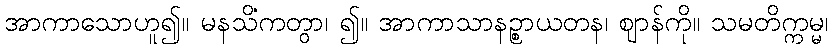
အာကာသောဟူ၍။ မနသိကတွာ၊ ၍။ အာကာသာနဉ္စာယတနံ၊ ဈာန်ကို။ သမတိက္ကမ္မ၊